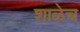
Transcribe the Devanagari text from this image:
शाळेच